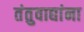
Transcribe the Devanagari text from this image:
तंतुवाद्यांना